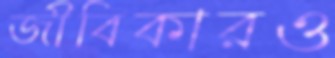
জীবিকারও